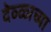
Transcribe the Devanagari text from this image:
देव्ळाच्या